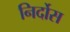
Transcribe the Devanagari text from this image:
निर्दोस